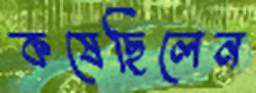
কষেছিলেন